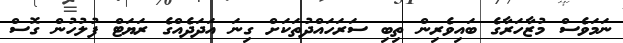
ނަމަވެސް މުޒާހަރާގެ ބައިވެރިން ތިބި ސަރަހައްދުތަކަށް ގިނަ އަދަދެއްގެ ރަޔަޓް ފުލުހުން ގޮސް